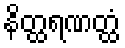
နိတ္ထရဏတ္ထံ